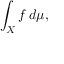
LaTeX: \int _ { X } f \, d \mu ,